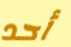
أحد